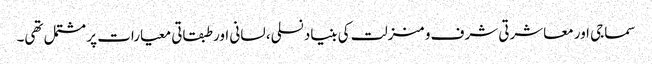
سماجی اور معاشرتی شرف و منزلت کی بنیاد نسلی، لسانی اور طبقاتی معیارات پر مشتمل تھی۔